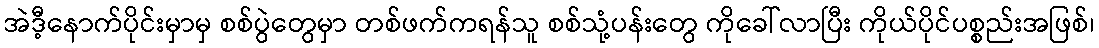
အဲဒီ့နောက်ပိုင်းမှာမှ စစ်ပွဲတွေမှာ တစ်ဖက်ကရန်သူ စစ်သုံ့ပန်းတွေ ကိုခေါ်လာပြီး ကိုယ်ပိုင်ပစ္စည်းအဖြစ်၊